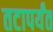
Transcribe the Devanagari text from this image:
तटापर्यंत